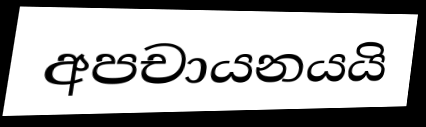
අපචායනයයි